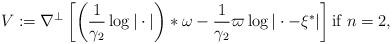
LaTeX: \begin{align*} V := \nabla^\perp \left[ \left(\frac{1}{\gamma_2} \log{|\cdot|}\right) * \omega - \frac{1}{\gamma_2} \varpi \log{|\cdot - \xi^* |} \right] \textrm{if } n =2, \end{align*}